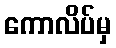
ကောလိပ်မှ